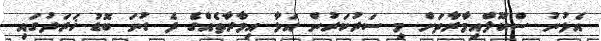
އެޅުނު ސްކޫލްއިމާރާތަށް މި ސަރުކަރުން އަޅާ އިމާރާތެއްގެ ދެ ގުނަ ބޮޑު ޚަރަދުގައި